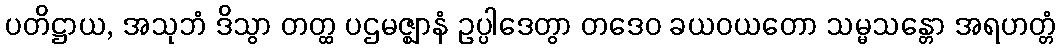
ပတိဋ္ဌာယ, အသုဘံ ဒိသွာ တတ္ထ ပဌမဇ္ဈာနံ ဥပ္ပါဒေတွာ တဒေဝ ခယဝယတော သမ္မသန္တော အရဟတ္တံ